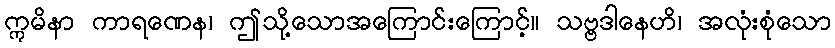
ဣမိနာ ကာရဏေန၊ ဤသို့သောအကြောင်းကြောင့်။ သဗ္ဗဒါနေဟိ၊ အလုံးစုံသော